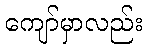
ကျော်မှာလည်း